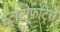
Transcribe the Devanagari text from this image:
स्ट्राटोफोर्ट्रेस